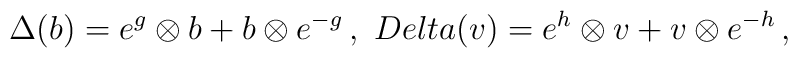
\Delta(b)=e^g\otimes b+b\otimes e^{-g}\,,\ \ \\Delta(v)=e^h\otimes v+v\otimes e^{-h}\,,